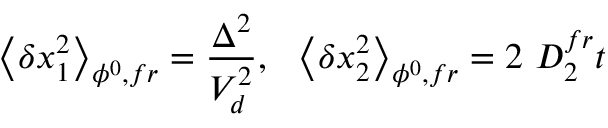
\left\langle \delta x _ { 1 } ^ { 2 } \right\rangle _ { \phi ^ { 0 } , f r } = \frac { \Delta ^ { 2 } } { V _ { d } ^ { 2 } } , \ \ \left\langle \delta x _ { 2 } ^ { 2 } \right\rangle _ { \phi ^ { 0 } , f r } = 2 \ D _ { 2 } ^ { f r } t